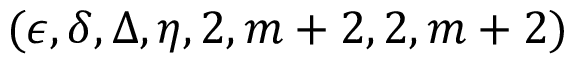
( \epsilon , \delta , \Delta , \eta , 2 , m + 2 , 2 , m + 2 )